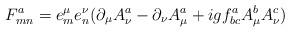
LaTeX: \begin{align*}F_{mn}^a = e_m^\mu e_n^\nu(\partial_\mu A_\nu^a-\partial_\nu A_\mu^a +igf_{bc}^a A_\mu^b A_\nu^c)\end{align*}